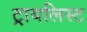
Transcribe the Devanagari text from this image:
ट्रायलिस्ट